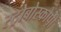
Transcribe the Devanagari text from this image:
स्ट्रोबोस्कोपी